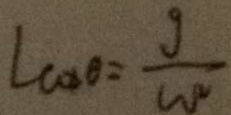
\angle \cos \theta = \frac { g } { W ^ { 2 } }